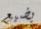
يضيع